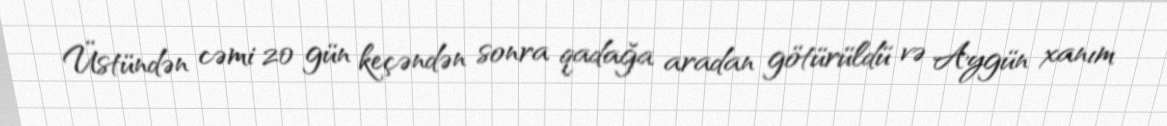
Üstündən cəmi 20 gün keçəndən sonra qadağa aradan götürüldü və Aygün xanım